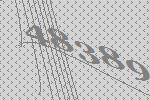
48389